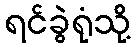
ရင်ခွဲရုံသို့